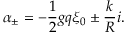
\alpha _ { \pm } = - { \frac { 1 } { 2 } } g q \xi _ { 0 } \pm { \frac { k } { R } } i .